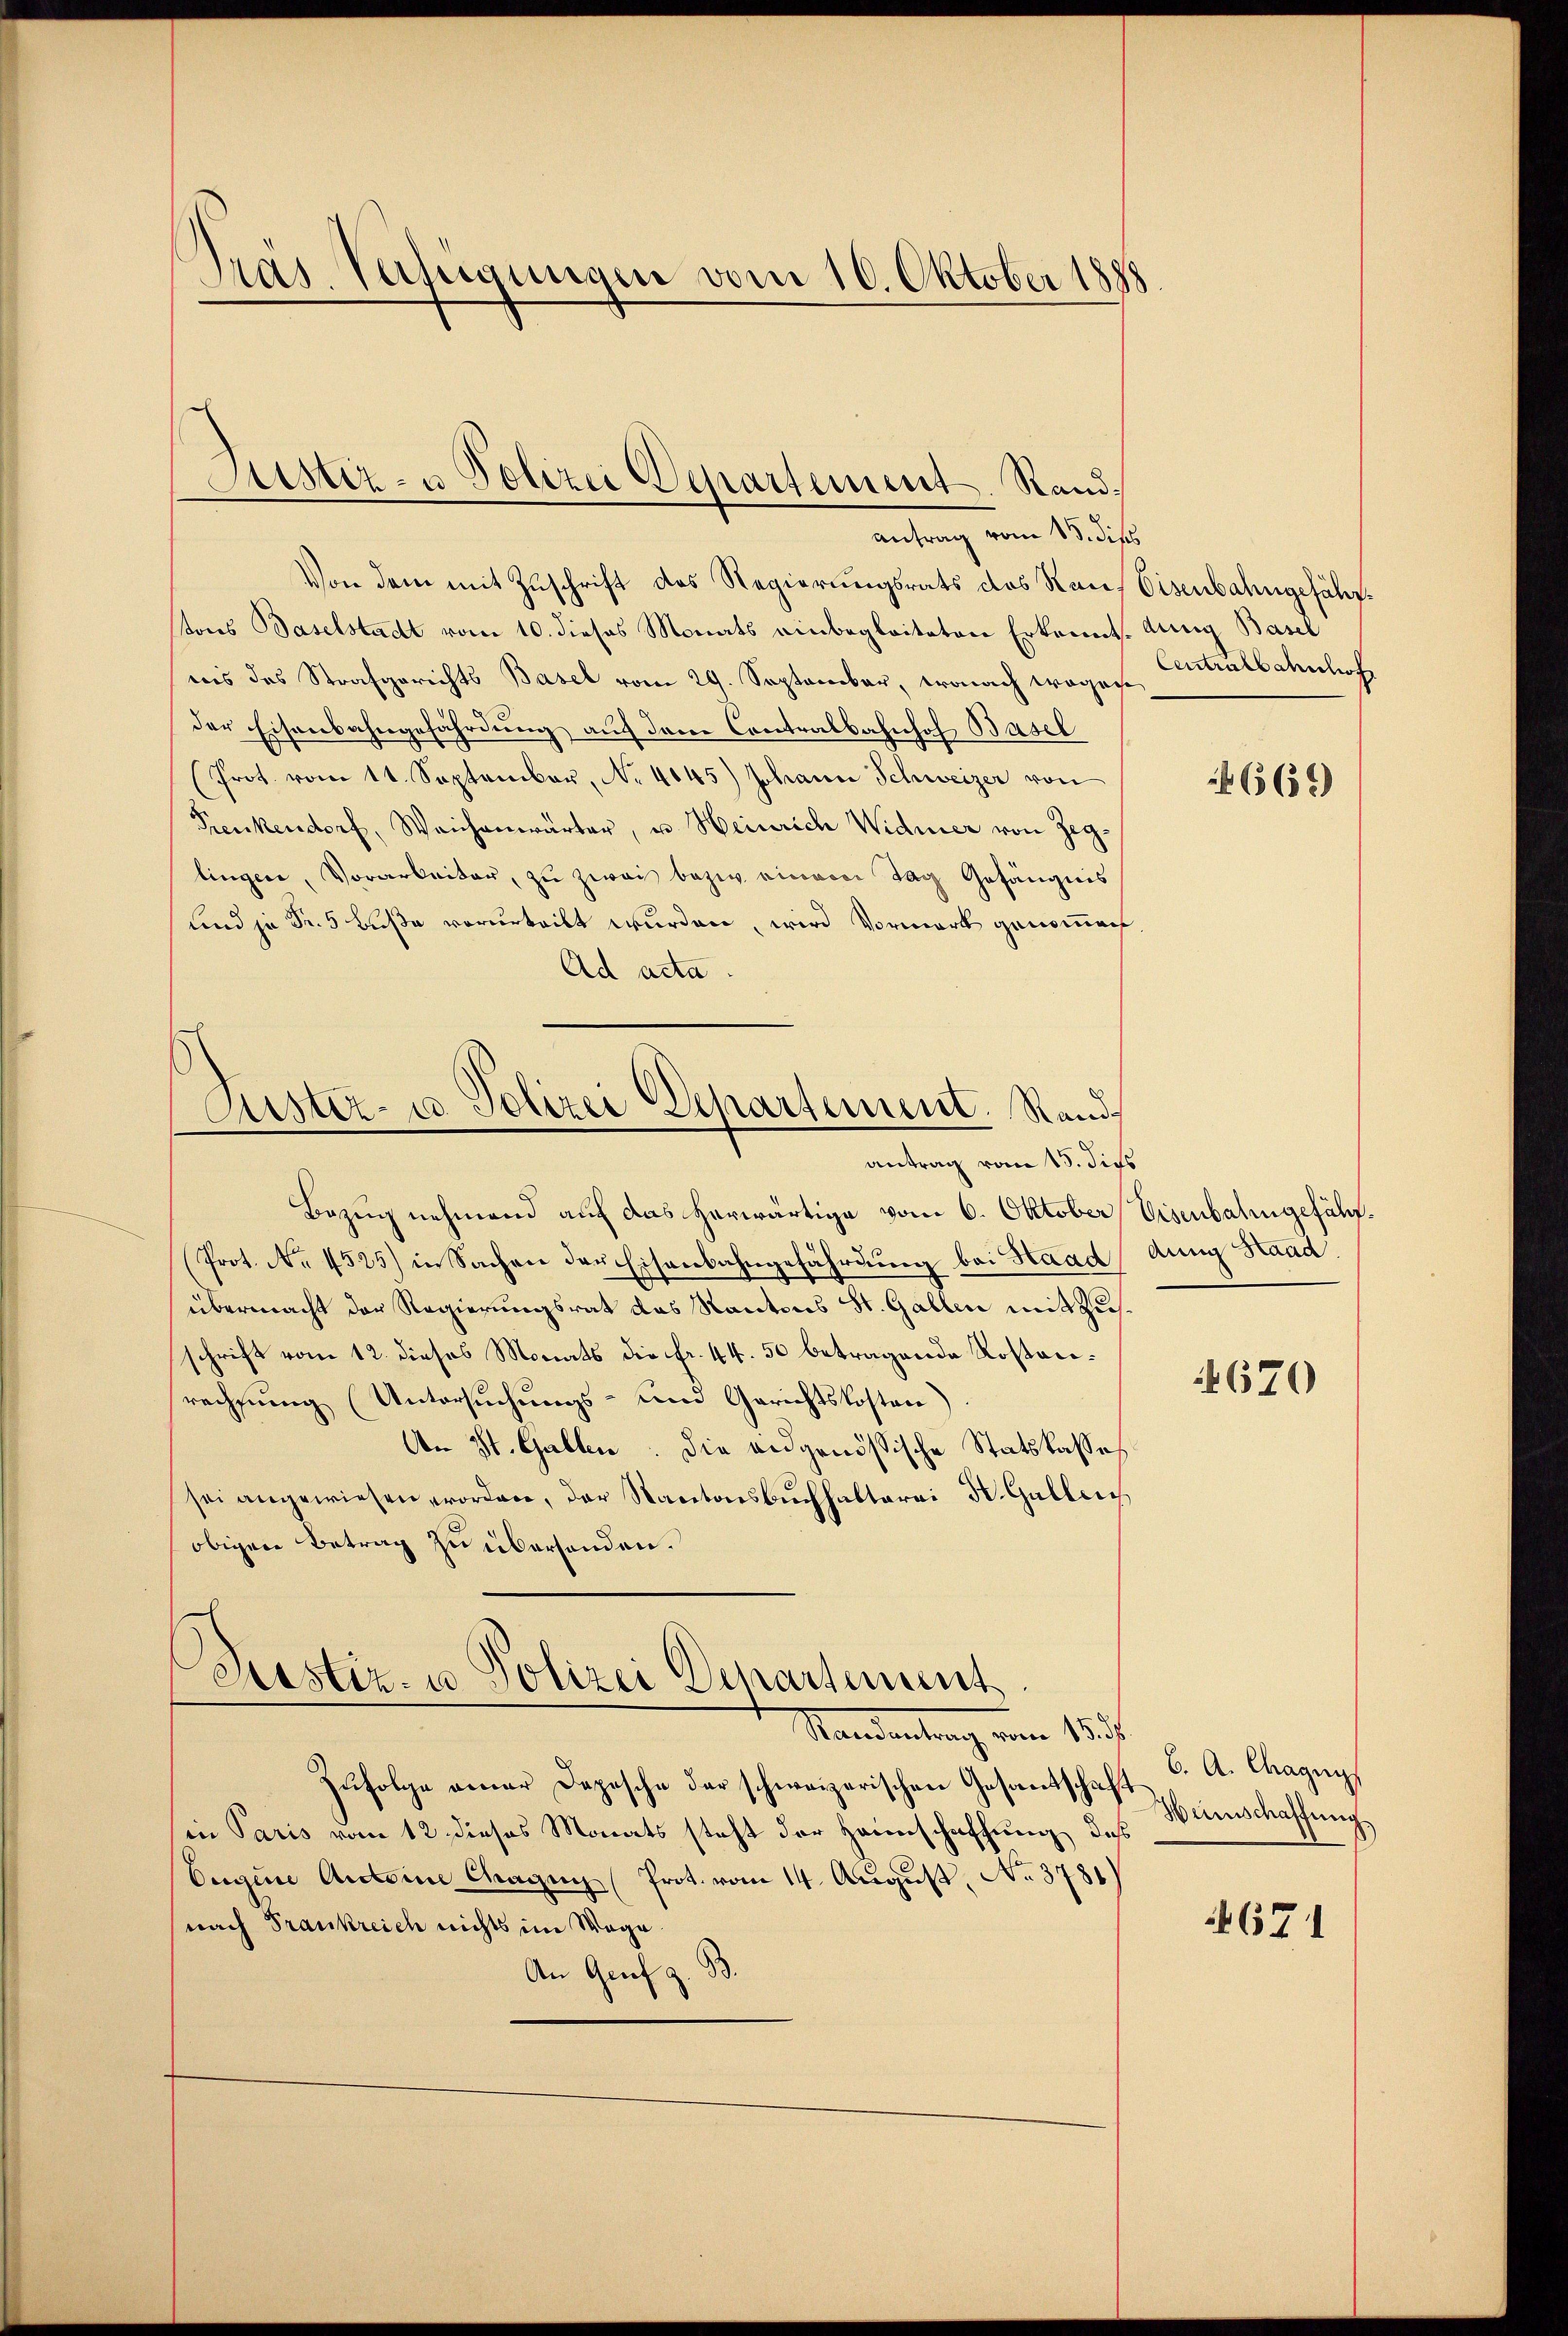
Pras Verfügungen vom 10. Oktober 1888

Justiz- u Polizei Departement. Rand¬

antrag vom 15. dies
Von dem mit Zuschrift des Regierungsrats das Rau, Eisenbahngefährstons Baselstadt vom 10. dieses Monats einbegleiteten Erkenntiis das Strafgerichts Basel vom 29. September, wonach wegen
der Eisenbahngefährdung auf den Contralbahnhof Basel
(Prot. vom 11. September, No 4845) Johann Schweizer von
Fenkendorf, Weichenwärter, u. Heinrich Widmer von Zeglingen, Vorarbeiter, zu zwai bezw. einer Tag Gefängnis
und je Fr. 5 buße verurteilt wurden, wird Vormerk genommenh
Ad acta
Justiz- u. Polizei Departement. Rand
antrag vom 15. dies
Bezug nehmend auf das herwärtige vom 6. Oktober Eisenbahngefähr¬
Prot. No 1525) in Sachen der Eisenbahngefährdung bei Haad
übermacht der Regierungsrat das Kantons St. Gallen mit Zusschrift vom 12. dieses Monats die fr. 44. 50 betragende Rostanrechnung (Untersuchungs- und Gerichtskosten
An St. Gallen: die eidgenössische Statskasses
sei angewiesen worden, der Kantonsbuchhalterei Dr. Galleich
obigen Betrag zu überhanden.

Prastiz- u Polizei Departement

Standentrag vom 18.
Zufolge einer Depesche der schweizerischen Gesantschaft
in Paris vom 12 dieses Monats steht der Haunschaffung des
Eugine Antoine Chagen (Prot. vom 14. August, No. 3781.)
nach Frankreich nichts im Wege.
An Genf z. B.

dung Basel
Centralbahnlich

669

dung Staad

670

6. A. Chagny
Hinschaffung

671